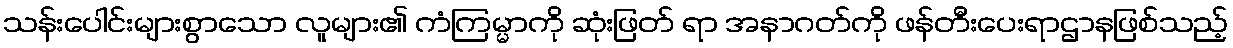
သန်းပေါင်းများစွာသော လူများ၏ ကံကြမ္မာကို ဆုံးဖြတ် ရာ အနာဂတ်ကို ဖန်တီးပေးရာဌာနဖြစ်သည့်